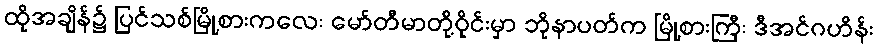
ထိုအချိန်၌ ပြင်သစ်မြို့စားကလေး မော်တီမာတို့ဝိုင်းမှာ ဘိုနာပတ်က မြို့စားကြီး ဒီအင်ဂဟိန်း